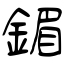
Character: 鎇